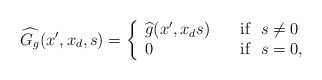
\begin{align*} \widehat{G_g}(x^\prime, x_d, s)=\left\{\begin{array}{ll} \widehat{g}(x^\prime, x_d s)&\quad\mbox{if}~~s\ne 0\\0&\quad\mbox{if}~~s= 0, \end{array} \right.\end{align*}